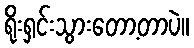
ရိုးရှင်းသွားတော့တာပဲ။